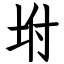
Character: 坿